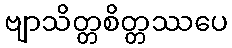
ဗျာသိတ္တစိတ္တဿပေ